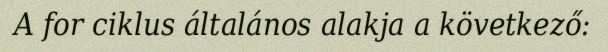
A for ciklus általános alakja a következő: